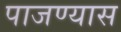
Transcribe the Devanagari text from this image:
पाजण्यास